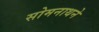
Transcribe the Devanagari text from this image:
सोमनाथने